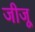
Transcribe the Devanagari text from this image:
जीजू